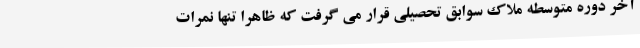
آخر دوره متوسطه ملاک سوابق تحصیلی قرار می گرفت که ظاهرا تنها نمرات